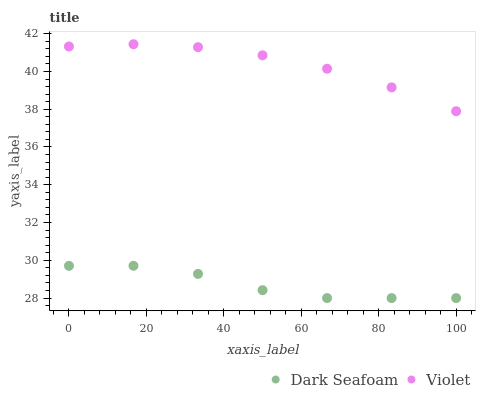
| xaxis_label | Dark Seafoam | Violet |
 | --- | --- | --- |
 | 0 | 29.7 | 41.3 |
 | 16.7 | 29.7 | 41.4 |
 | 33.3 | 29.3 | 41.3 |
 | 50 | 28.4 | 40.9 |
 | 66.7 | 28 | 40.1 |
 | 83.3 | 28 | 39.2 |
 | 100 | 28 | 37.9 |